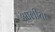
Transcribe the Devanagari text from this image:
आलीया